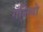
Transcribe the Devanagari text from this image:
गॅलियो